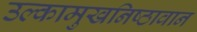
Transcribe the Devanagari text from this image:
उल्कामुखनिष्ठावान